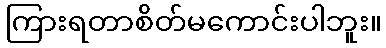
ကြားရတာစိတ်မကောင်းပါဘူး။